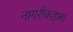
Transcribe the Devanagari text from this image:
नागरीकशास्त्र